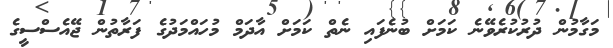
މަގާމުން ދުރުކުރެވޭނެ ކަމަށް ބުނެފައި ނެތް ކަމަށް އާދަމް މުހައްމަދުގެ ފަރާތުން ޖޭއެސްސީގެ